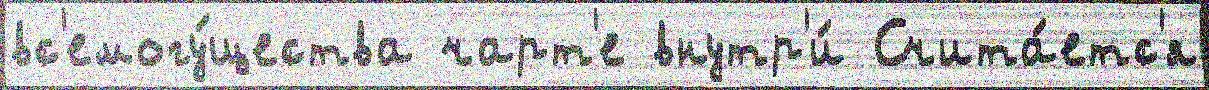
вс'емогу́щества чарт'е внутр'и́ Счита́етс'я